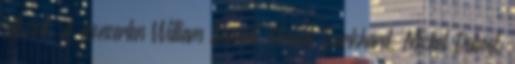
játszott. A koncerten William Bennett, Ursula Burkhard, Michel Debost,